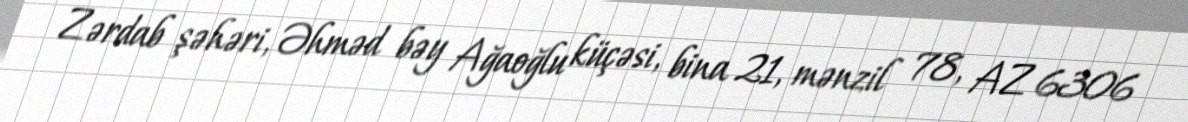
Zərdab şəhəri, Əhməd bəy Ağaoğlu küçəsi, bina 21, mənzil 78, AZ 6306